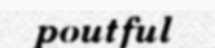
poutful